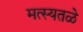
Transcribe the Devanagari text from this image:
मत्स्यतळे